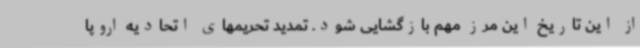
از این تاریخ این مرز مهم بازگشایی شود. تمدید تحریمهای اتحادیه اروپا